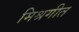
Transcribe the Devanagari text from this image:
मिश्रगीत